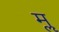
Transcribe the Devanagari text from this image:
मॣ